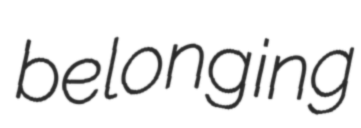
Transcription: belonging